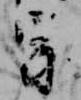
宗